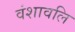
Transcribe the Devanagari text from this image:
वंशावलि